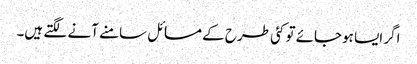
اگر ایسا ہوجائے تو کئی طرح کے مسائل سامنے آنے لگتے ہیں۔